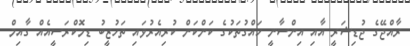
ރާއްޖޭގެ ޖުޑިޝަރީ އާއި އިންސާނީ ހައްގުތަކުގެ ކަންކަން ކުރިއެރުވައި ތަހުޒީބު ޑިމޮކްރަސީއެއް ގާއިމް